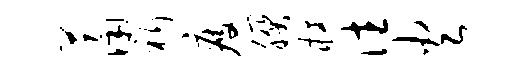
萧祈疲朕橘往火